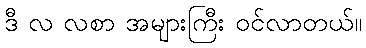
ဒီ လ လစာ အများကြီး ဝင်လာတယ်။